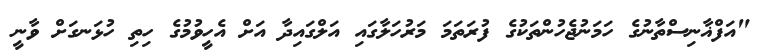
"އަފްޣާނިސްތާނުގެ ހަމަނުޖެހުންތަކުގެ ފުރަތަމަ މަރުހަލާގައި އަލްގައިދާ އަށް އެހީވުމުގެ ހިތި ހުޅަނގަށް ވާނީ